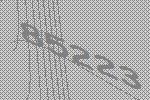
85223